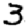
Digit: 3